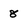
Character: 8